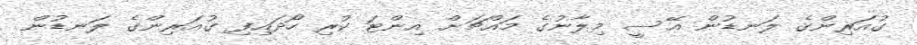
ގުއަރިންގެ ލަނޑުން އޭސީ މިލާނުގެ މައްޗަށް އިންޓަ ކުރި ހޯދައިފި ގުއަރިންގެ ލަނޑުން